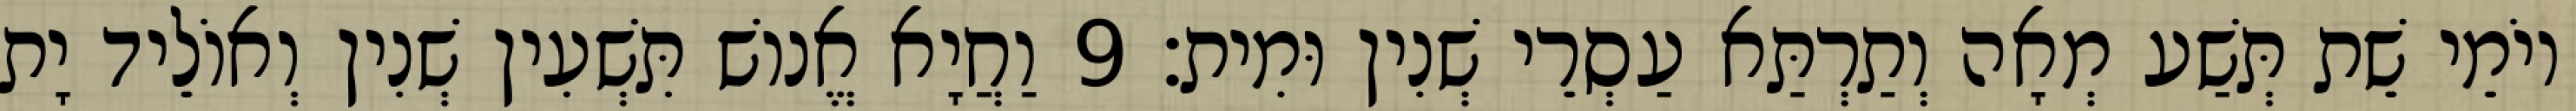
יוֹמֵי שֵׁת תְּשַׁע מְאָה וְתַרְתַּא עַסְרֵי שְׁנִין וּמִית׃ 9 וַחֲיָא אֱנוֹשׁ תִּשְׁעִין שְׁנִין וְאוֹלֵיד יָת